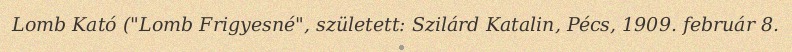
Lomb Kató ("Lomb Frigyesné", született: Szilárd Katalin, Pécs, 1909. február 8.